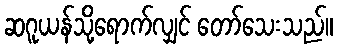
ဆဂူယန်သို့ရောက်လျှင် တော်သေးသည်။